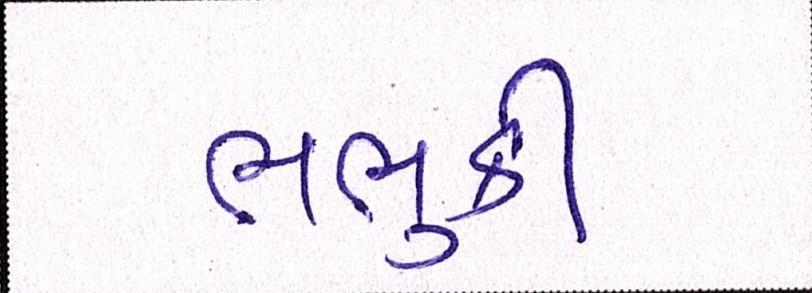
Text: ભભુકી